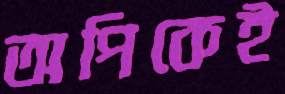
অপিকেই